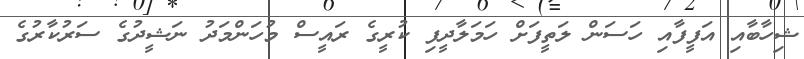
ޝިހާބާއި އަފީފާއި ހަސަން ލަތީފަށް ހަމަލާދީފި ކުރީގެ ރައީސް މުހަންމަދު ނަޝީދުގެ ސަރުކާރުގެ